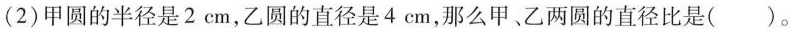
(2)甲圆的半径是2cm，乙圆的直径是4cm，那么甲、乙两圆的直径比是（）。